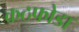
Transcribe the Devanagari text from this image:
कठफोडा